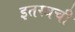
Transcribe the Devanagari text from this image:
इतरत्रची